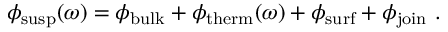
\phi _ { \mathrm { s u s p } } ( \omega ) = \phi _ { \mathrm { b u l k } } + \phi _ { \mathrm { t h e r m } } ( \omega ) + \phi _ { \mathrm { s u r f } } + \phi _ { \mathrm { j o i n } } ~ .